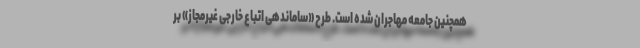
همچنین جامعه مهاجران شده است. طرح «ساماندهی اتباع خارجی غیرمجاز» بر